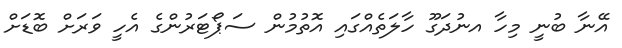
އޭނާ ބުނީ މިހާ އނުދަގޫ ހާލަތެއްގައި އޮތުމުން ސަޕޯޓަރުންގެ އެހީ ވަރަށް ބޮޑަށް